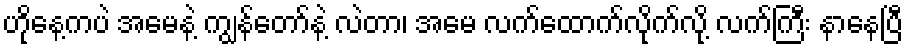
ဟိုနေ့ကပဲ အမေနဲ့ ကျွန်တော်နဲ့ လဲတာ၊ အမေ လက်ထောက်လိုက်လို့ လက်ကြီး နာနေပြီ